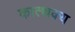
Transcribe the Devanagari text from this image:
कात्थक्य